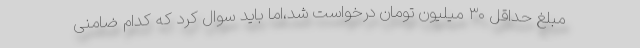
مبلغ حداقل ۳۰ میلیون تومان درخواست شد،اما باید سوال کرد که کدام ضامنی